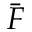
\bar { F }